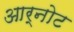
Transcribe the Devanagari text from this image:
आर्नोट